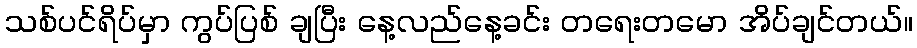
သစ်ပင်ရိပ်မှာ ကွပ်ပြစ် ချပြီး နေ့လည်နေ့ခင်း တရေးတမော အိပ်ချင်တယ်။